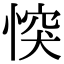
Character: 𢝀